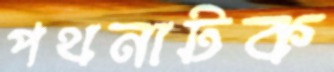
পথনাটক